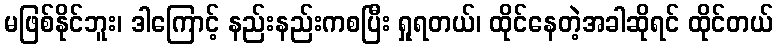
မဖြစ်နိုင်ဘူး၊ ဒါကြောင့် နည်းနည်းကစပြီး ရှုရတယ်၊ ထိုင်နေတဲ့အခါဆိုရင် ထိုင်တယ်